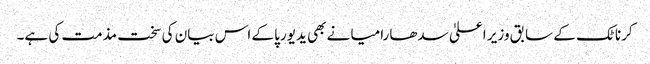
کرناٹک کے سابق وزیر اعلیٰ سدھارامیا نے بھی یدیورپا کے اس بیان کی سخت مذمت کی ہے۔